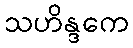
သဟိန္ဒကေ